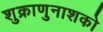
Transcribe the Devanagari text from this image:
शुक्राणुनाशको